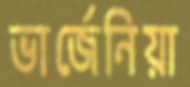
ভার্জেনিয়া